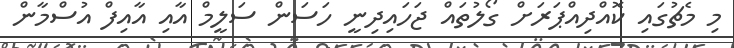
މި މެޗުގައި ކޮއްދިއްޕަރަށް ގޯލުތައް ޖަހައިދިނީ ހަސަން ސަލީމް އާއި އާއިފް އުސްމާން